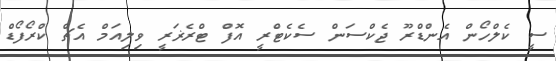
ސީ ކެލްހޯން އެންޑްރޫ ޖެކްސަން ސެކެޓްރީ އޮފް ޓްރެޜަރީ ވިލިއަމް އެޗް ކްރޯފޯޑް